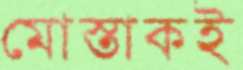
মোস্তাকই